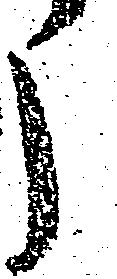
う